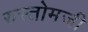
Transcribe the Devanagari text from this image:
रुस्तोमजी